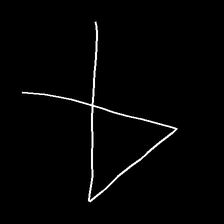
Glyph: collection